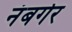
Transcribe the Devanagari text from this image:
नंबर्गर